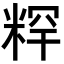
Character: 𥺍